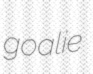
goalie